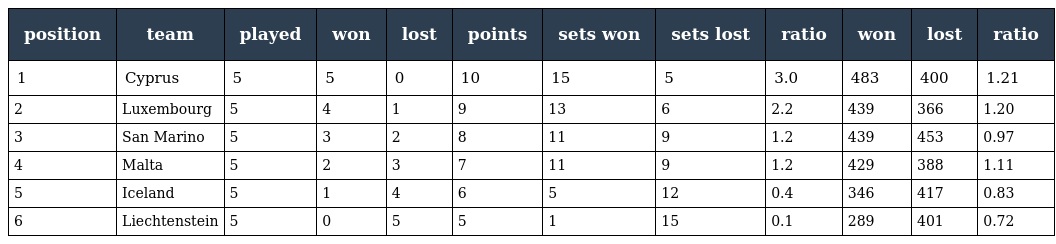
| position | team | played | won | lost | points | sets won | sets lost | ratio | won | lost | ratio |
 | --- | --- | --- | --- | --- | --- | --- | --- | --- | --- | --- | --- |
 | 1 | Cyprus | 5 | 5 | 0 | 10 | 15 | 5 | 3.0 | 483 | 400 | 1.21 |
 | 2 | Luxembourg | 5 | 4 | 1 | 9 | 13 | 6 | 2.2 | 439 | 366 | 1.20 |
 | 3 | San Marino | 5 | 3 | 2 | 8 | 11 | 9 | 1.2 | 439 | 453 | 0.97 |
 | 4 | Malta | 5 | 2 | 3 | 7 | 11 | 9 | 1.2 | 429 | 388 | 1.11 |
 | 5 | Iceland | 5 | 1 | 4 | 6 | 5 | 12 | 0.4 | 346 | 417 | 0.83 |
 | 6 | Liechtenstein | 5 | 0 | 5 | 5 | 1 | 15 | 0.1 | 289 | 401 | 0.72 |